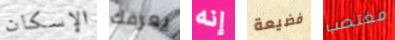
الإسكان يعرفك إنه فضيعة مغتصب